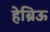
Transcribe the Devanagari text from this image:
हेब्रिऊ